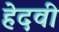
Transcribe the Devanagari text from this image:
हेदवी